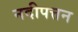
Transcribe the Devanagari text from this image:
नदीपत्तन